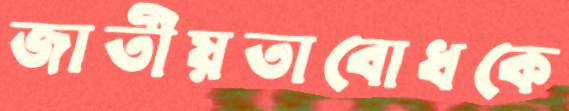
জাতীয়তাবোধকে